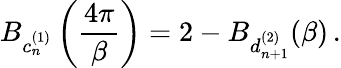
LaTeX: B_{c_{n}^{(1)}}\left(\frac{4\pi}{\beta}\right)=2-B_{d_{n+1}^{(2)}}(\beta)\, .